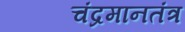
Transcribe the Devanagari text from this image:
चंद्रमानतंत्र